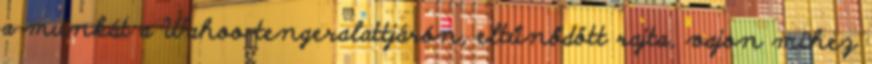
a munkát a Wahoo tengeralattjárón, eltűnődött rajta, vajon mihez